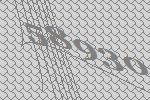
58930